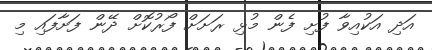
އަދި އަކުއިވާ ފުށި ފެން މުޅި ރަށަށް ފޯރުކޮށް ދޭން ފަށާފައި މި